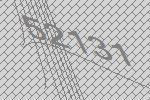
52131